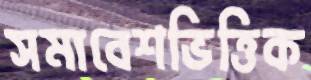
সমাবেশভিত্তিক